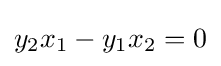
y_{2}x_{1}-y_{1}x_{2}=0